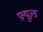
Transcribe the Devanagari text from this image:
फ़्यूज़्ड